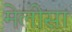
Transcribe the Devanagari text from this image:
मेलीसा